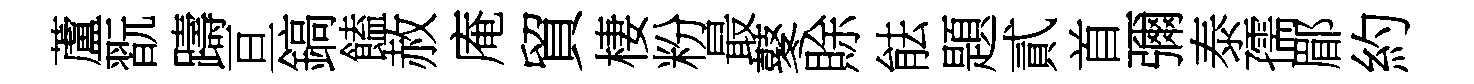
蘆翫躊亘鎬饁赦庵貿棲粉最鼕賖䏻題貳首彌泰孺郿約